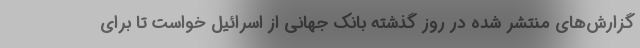
گزارش‌های منتشر شده در روز گذشته بانک جهانی از اسرائیل خواست تا برای